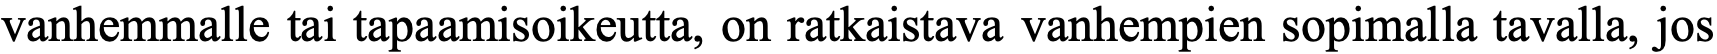
vanhemmalle tai tapaamisoikeutta, on ratkaistava vanhempien sopimalla tavalla, jos